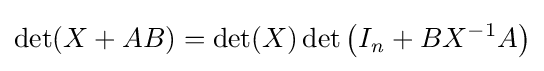
\det(X+AB)=\det(X)\det \left(I_{\mathit {n}}+BX^{-1}A\right)